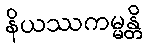
နိယဿကမ္မန္တိ